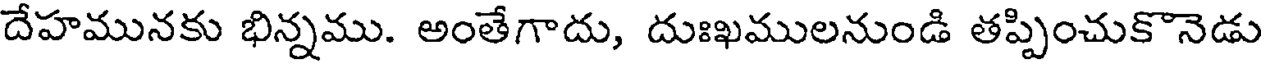
దేహమునకు భిన్నము. అంతేగాదు, దుఃఖములనుండి తప్పించుకొనెడు